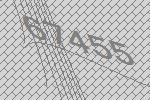
67455